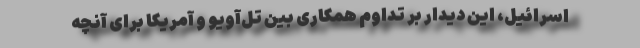
اسرائیل، این دیدار بر تداوم همکاری بین تل‌آویو و آمریکا برای آنچه